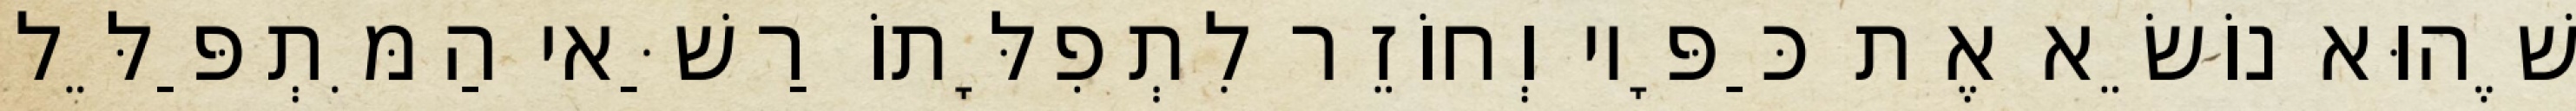
שֶׁהוּא נוֹשֵׂא אֶת כַּפָּיו וְחוֹזֵר לִתְפִלָּתוֹ רַשַּׁאי הַמִּתְפַּלֵּל